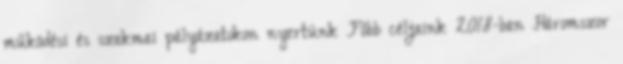
működési és szakmai pályázatokon nyertünk Főbb céljaink 2018-ban Háromszor